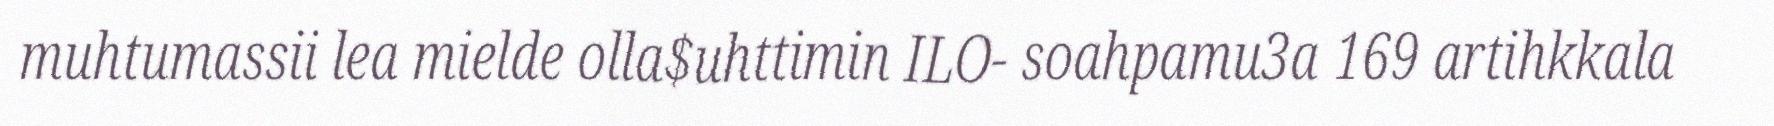
muhtumassii lea mielde olla$uhttimin ILO- soahpamu3a 169 artihkkala